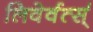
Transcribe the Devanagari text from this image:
लिवेर्वर्त्स्